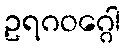
ဥရဂဝဂ္ဂေါ